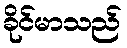
ခိုင်မာသည်